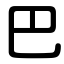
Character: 巴